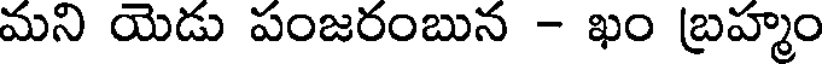
మని యెడు పంజరంబున - ఖం బ్రహ్మం